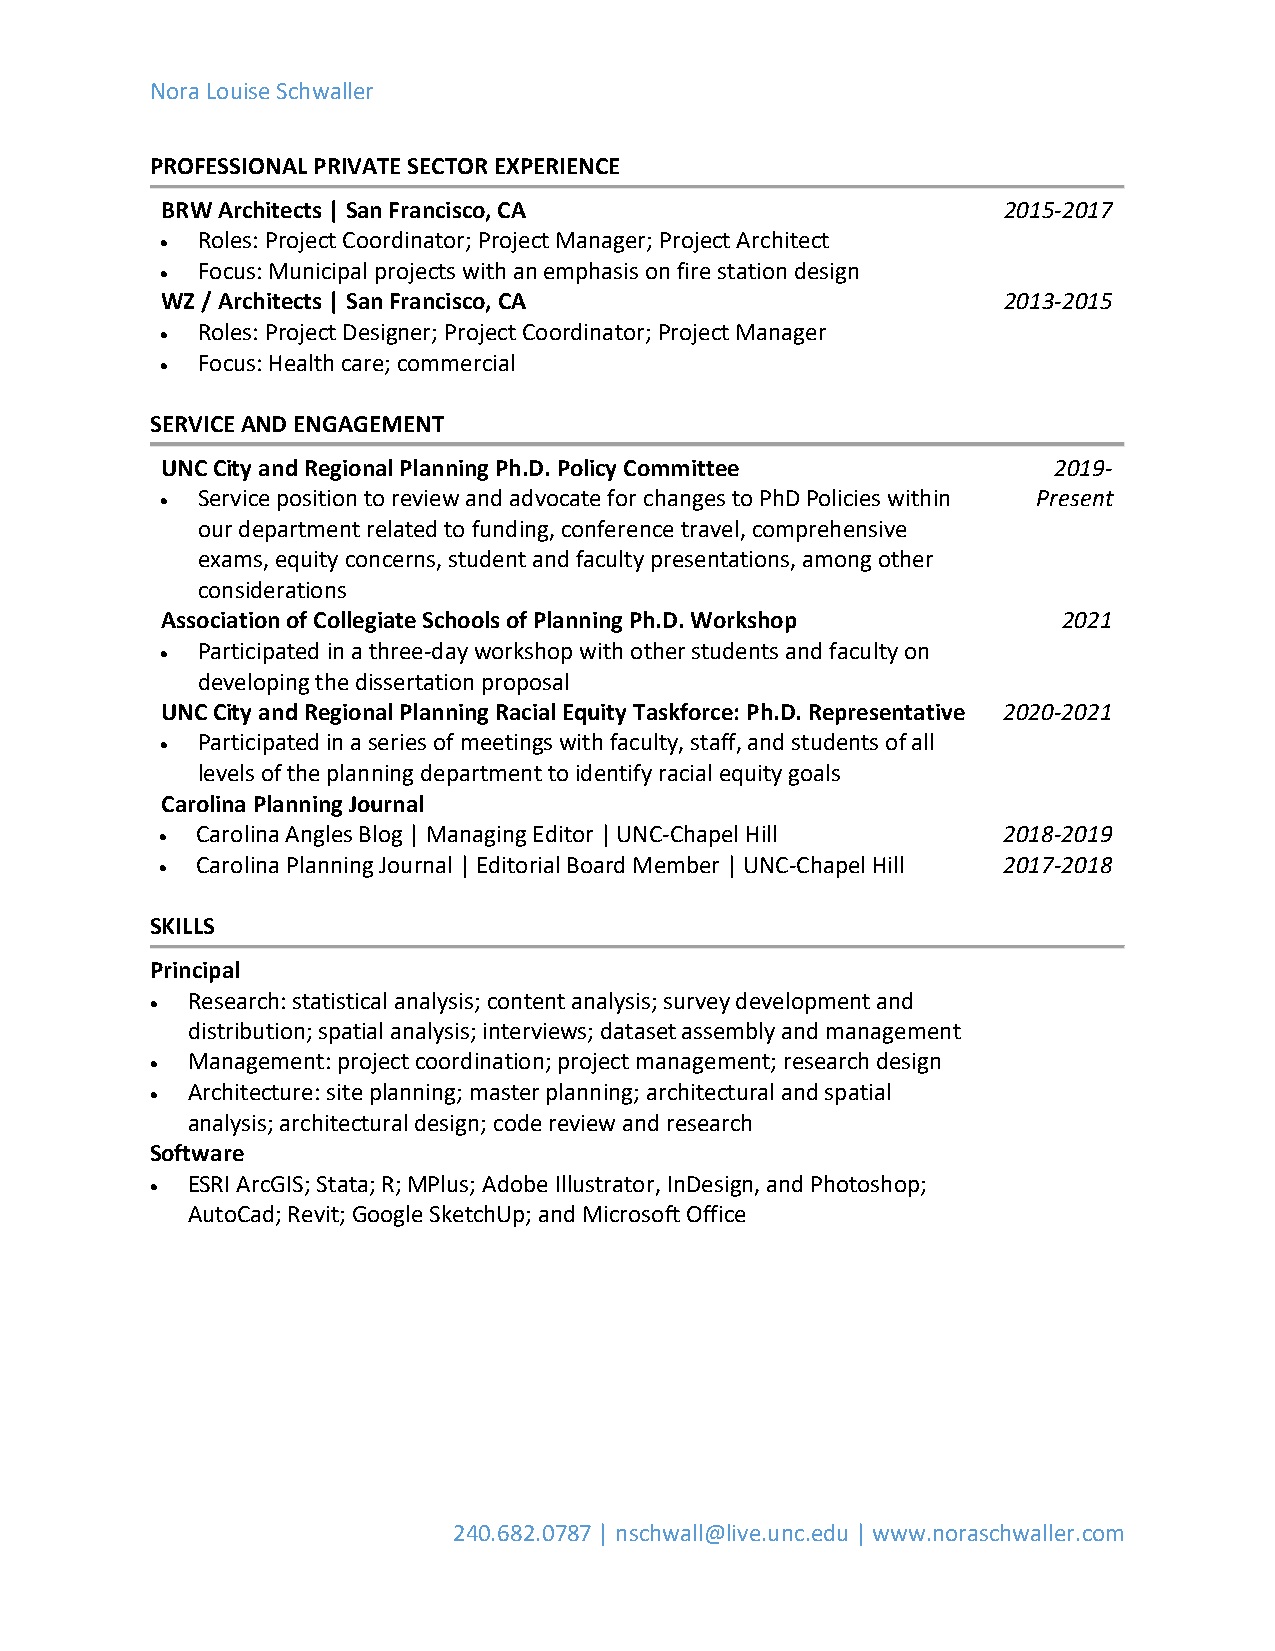
Nora Louise Schwaller
 PROFESSIONAL PRIVATE SECTOR EXPERIENCE
 BRW Architects | San Francisco, CA                     2015-2017
 • Roles: Project Coordinator; Project Manager; Project Architect
 • Focus: Municipal projects with an emphasis on fire station design
 WZ / Architects | San Francisco, CA                    2013-2015
 • Roles: Project Designer; Project Coordinator; Project Manager
 • Focus: Health care; commercial
 SERVICE AND ENGAGEMENT
 UNC City and Regional Planning Ph.D. Policy Committee      2019-
 • Service position to review and advocate for changes to PhD Policies within Present
 our department related to funding, conference travel, comprehensive
 exams, equity concerns, student and faculty presentations, among other
 considerations
 Association of Collegiate Schools of Planning Ph.D. Workshop 2021
 • Participated in a three-day workshop with other students and faculty on
 developing the dissertation proposal
 UNC City and Regional Planning Racial Equity Taskforce: Ph.D. Representative 2020-2021
 • Participated in a series of meetings with faculty, staff, and students of all
 levels of the planning department to identify racial equity goals
 Carolina Planning Journal
 • Carolina Angles Blog | Managing Editor | UNC-Chapel Hill 2018-2019
 • Carolina Planning Journal | Editorial Board Member | UNC-Chapel Hill 2017-2018
 SKILLS
 Principal
 • Research: statistical analysis; content analysis; survey development and
 distribution; spatial analysis; interviews; dataset assembly and management
 • Management: project coordination; project management; research design
 • Architecture: site planning; master planning; architectural and spatial
 analysis; architectural design; code review and research
 Software
 • ESRI ArcGIS; Stata; R; MPlus; Adobe Illustrator, InDesign, and Photoshop;
 AutoCad; Revit; Google SketchUp; and Microsoft Office
 240.682.0787 | nschwall@live.unc.edu | www.noraschwaller.com